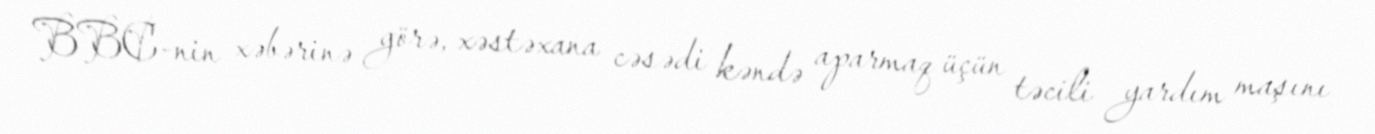
BBC-nin xəbərinə görə, xəstəxana cəsədi kəndə aparmaq üçün təcili yardım maşını